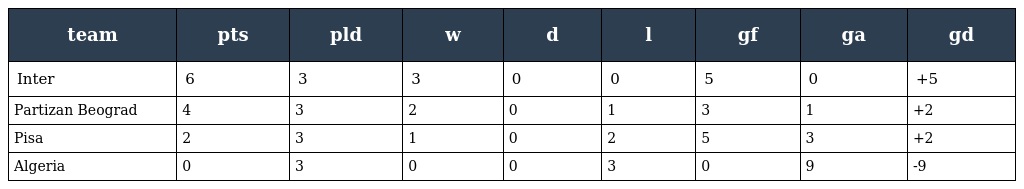
| team | pts | pld | w | d | l | gf | ga | gd |
 | --- | --- | --- | --- | --- | --- | --- | --- | --- |
 | Inter | 6 | 3 | 3 | 0 | 0 | 5 | 0 | +5 |
 | Partizan Beograd | 4 | 3 | 2 | 0 | 1 | 3 | 1 | +2 |
 | Pisa | 2 | 3 | 1 | 0 | 2 | 5 | 3 | +2 |
 | Algeria | 0 | 3 | 0 | 0 | 3 | 0 | 9 | -9 |